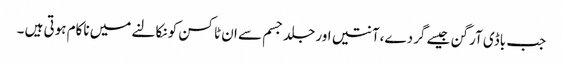
جب باڈی آرگن جیسے گردے،آنتیں اور جلد جسم سے ان ٹاکسن کو نکالنے میں ناکام ہوتی ہیں ۔